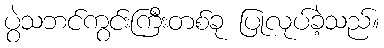
ပွဲသဘင်ကွင်းကြီးတစ်ခု ပြုလုပ်ခဲ့သည်။